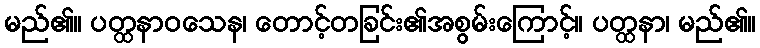
မည်၏။ ပတ္ထနာဝသေန၊ တောင့်တခြင်း၏အစွမ်းကြောင့်။ ပတ္ထနာ၊ မည်၏။